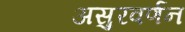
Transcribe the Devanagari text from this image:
असुरवर्णन